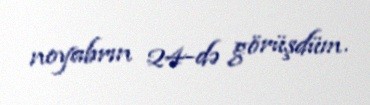
noyabrın 24-də görüşdüm.